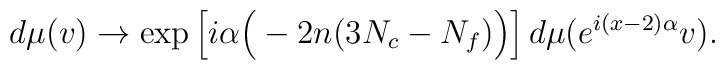
d\mu(v) \to \mbox{exp}\left[i\alpha\Big(-2n(3N_c-N_f) \Big)\right] d\mu(e^{i(x-2)\alpha}v).